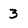
Character: 3